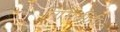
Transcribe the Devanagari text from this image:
निमिर्तीही